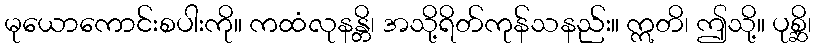
မုယောကောင်းစပါးကို။ ကထံလုနန္တိ၊ အသို့ရိတ်ကုန်သနည်း။ ဣတိ၊ ဤသို့။ ပုစ္ဆိ၊